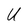
Character: U